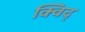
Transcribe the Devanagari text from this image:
क्विद्